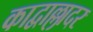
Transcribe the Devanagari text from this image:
काद्वाल्लादर